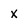
Character: X